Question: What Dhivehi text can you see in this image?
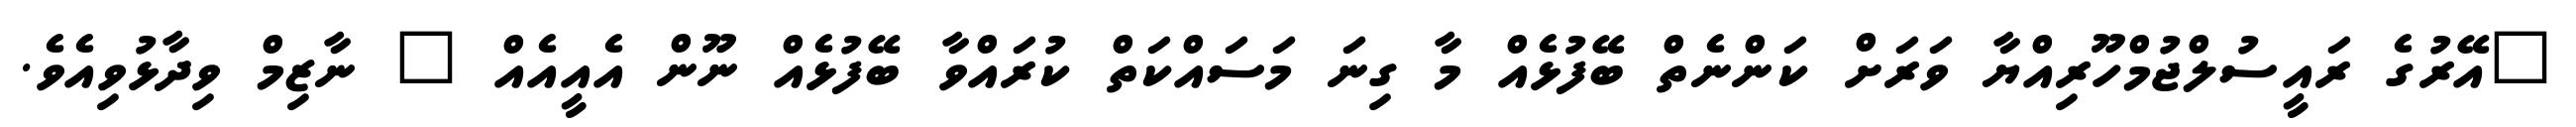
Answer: "އޭރުގެ ރައީސުލްޖުމްހޫރިއްޔާ ވަރަށް ކަންނެތް ބޭފުޅެއް މާ ގިނަ މަސައްކަތް ކުރައްވާ ބޭފުޅެއް ނޫން އެއީއެއް " ނާޒިމް ވިދާޅުވިއެވެ.